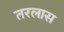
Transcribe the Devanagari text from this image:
तरलास